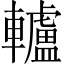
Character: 轤